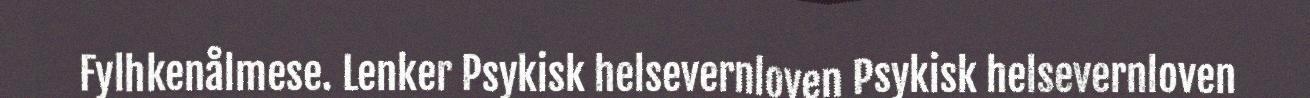
Fylhkenålmese. Lenker Psykisk helsevernloven Psykisk helsevernloven